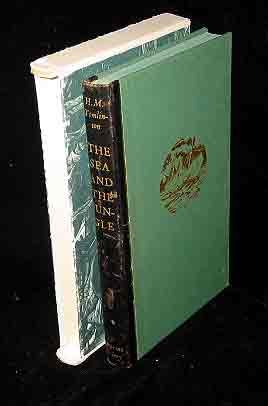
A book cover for The sea and the jungle; H. M Tomlinson; Travel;